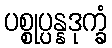
ပစ္စုပ္ပန္နဒုက္ခံ